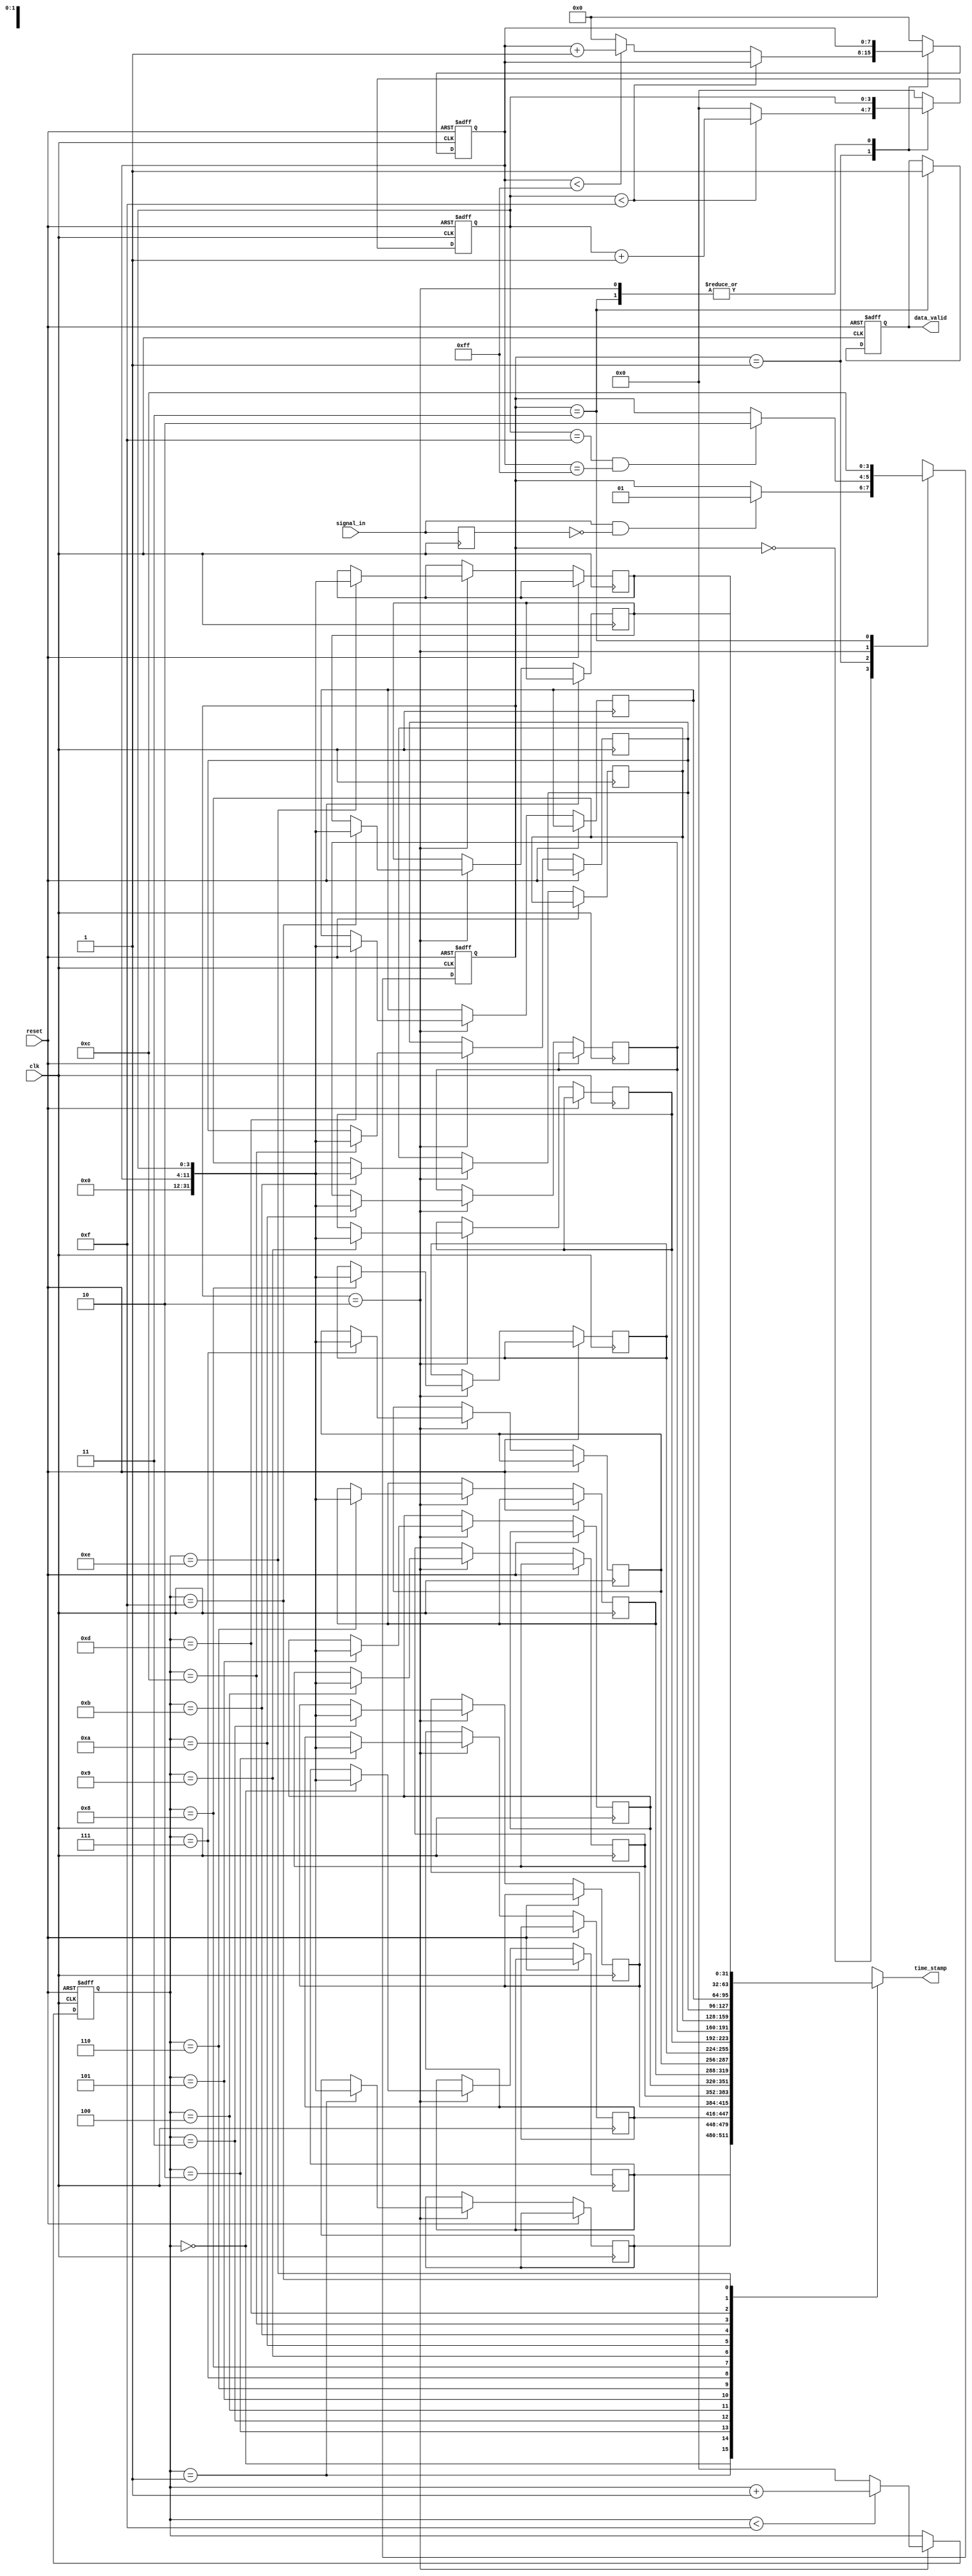
module TDC (
    input wire clk,                  // System clock
    input wire reset,                // Asynchronous reset
    input wire signal_in,            // Input signal to measure intervals
    output wire [31:0] time_stamp,   // Output time stamp of measured interval
    output wire data_valid           // Flag indicating valid output data
);

    // Parameters
    parameter COARSE_MAX = 255;      // Max value for coarse counter
    parameter FINE_MAX = 15;          // Max value for fine counter
    parameter MEM_SIZE = 16;          // Memory size for timestamps

    // States for the state machine
    parameter IDLE = 2'b00;
    parameter MEASURE = 2'b01;
    parameter STORE = 2'b10;
    parameter OUTPUT = 2'b11;
    
    // Registers
    reg [7:0] coarse_counter;         // Coarse counter
    reg [3:0] fine_counter;           // Fine counter
    reg [1:0] state, next_state;      // State and next state
    reg [31:0] timestamp_memory [0:MEM_SIZE-1]; // Memory for timestamps
    reg [3:0] mem_index;              // Index for timestamp storage
    reg data_valid_reg;               // Valid flag for output status

    // Edge detection
    reg signal_in_prev;
    wire detected_edge = signal_in & ~signal_in_prev;

    // State machine update
    always @(posedge clk or posedge reset) begin
        if (reset) begin
            state <= IDLE;
            coarse_counter <= 0;
            fine_counter <= 0;
            mem_index <= 0;
            data_valid_reg <= 0;
        end else begin
            state <= next_state;

            // State specific operations
            case (state)
                MEASURE: begin
                    if (fine_counter < FINE_MAX) begin
                        fine_counter <= fine_counter + 1; // Increment fine counter
                    end else begin
                        fine_counter <= 0;  // Reset fine counter
                        if (coarse_counter < COARSE_MAX) begin
                            coarse_counter <= coarse_counter + 1; // Increment coarse counter
                        end else begin
                            coarse_counter <= 0; // Reset coarse counter
                        end
                    end
                end
                STORE: begin
                    timestamp_memory[mem_index] <= {coarse_counter, fine_counter}; // Combine counters
                    if (mem_index < MEM_SIZE - 1) begin
                        mem_index <= mem_index + 1;
                    end else begin
                        mem_index <= 0; // Reset index for circular buffer
                    end
                end
                OUTPUT: begin
                    data_valid_reg <= 1; // Signal data is valid
                end
                default: begin
                    fine_counter <= 0; coarse_counter <= 0;     // Reset counters to default
                end
            endcase
        end
    end

    // Next state logic
    always @(*) begin
        next_state = state; // Default stay in current state
        case (state)
            IDLE: 
                if (detected_edge) next_state = MEASURE;
            MEASURE: 
                if (fine_counter == FINE_MAX && coarse_counter == COARSE_MAX) next_state = STORE;
            STORE: 
                next_state = OUTPUT;
            OUTPUT: 
                next_state = IDLE; // Return to idle after output
        endcase
    end

    // Assign outputs
    assign time_stamp = timestamp_memory[mem_index];
    assign data_valid = data_valid_reg;

    // Edge tracking for detection
    always @(posedge clk) begin
        signal_in_prev <= signal_in; // Track previous state of input signal
    end

endmodule